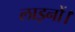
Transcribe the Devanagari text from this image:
लाइनों।